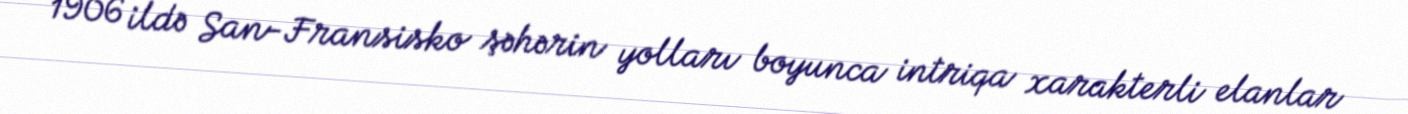
1906 ildə San-Fransisko şəhərin yolları boyunca intriqa xarakterli elanlar